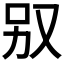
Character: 𠬱